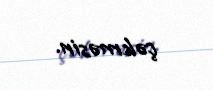
çəkməsin.